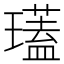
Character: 瓂